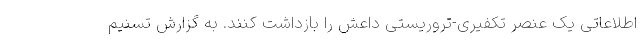
اطلاعاتی یک عنصر تکفیری-تروریستی داعش را بازداشت کنند. به گزارش تسنیم